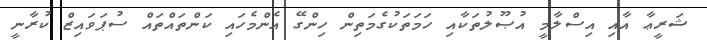
ޝަރީޢާ އާއި އިސްލާމީ އުޞޫލުތަކާއި ހަމަތަކުގެމަތިން ހިންގޭ އެންމެހައި ކަންތައްތައް ސުޕަވައިޒް ކުރާނީ